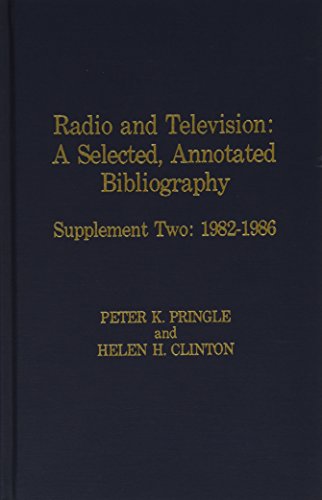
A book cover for Radio and Television: Supplement Two: 1982-1986; Peter K. Pringle; Humor & Entertainment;